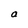
Character: a